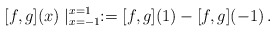
\begin{align*}[f,g](x)\mid_{x=-1}^{x=1}:=[f,g](1)-[f,g](-1)\,.\end{align*}